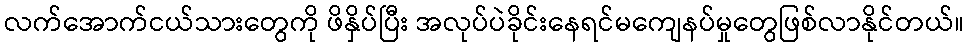
လက်အောက်ငယ်သားတွေကို ဖိနှိပ်ပြီး အလုပ်ပဲခိုင်းနေရင်မကျေနပ်မှုတွေဖြစ်လာနိုင်တယ်။